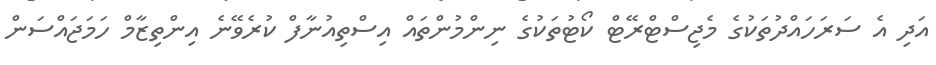
އަދި އެ ސަރަހައްދުތަކުގެ މެޖިސްޓްރޭޓް ކޯޓުތަކުގެ ނިންމުންތައް އިސްތިއުނާފް ކުރެވޭނެ އިންތިޒާމް ހަމަޖައްސަން